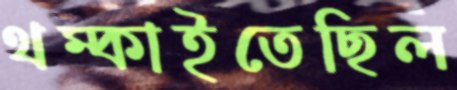
থম্‌কাইতেছিল